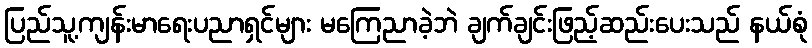
ပြည်သူ့ကျန်းမာရေးပညာရှင်များ မကြေညာခဲ့ဘဲ ချက်ချင်းဖြည့်ဆည်းပေးသည် နယ်စုံ